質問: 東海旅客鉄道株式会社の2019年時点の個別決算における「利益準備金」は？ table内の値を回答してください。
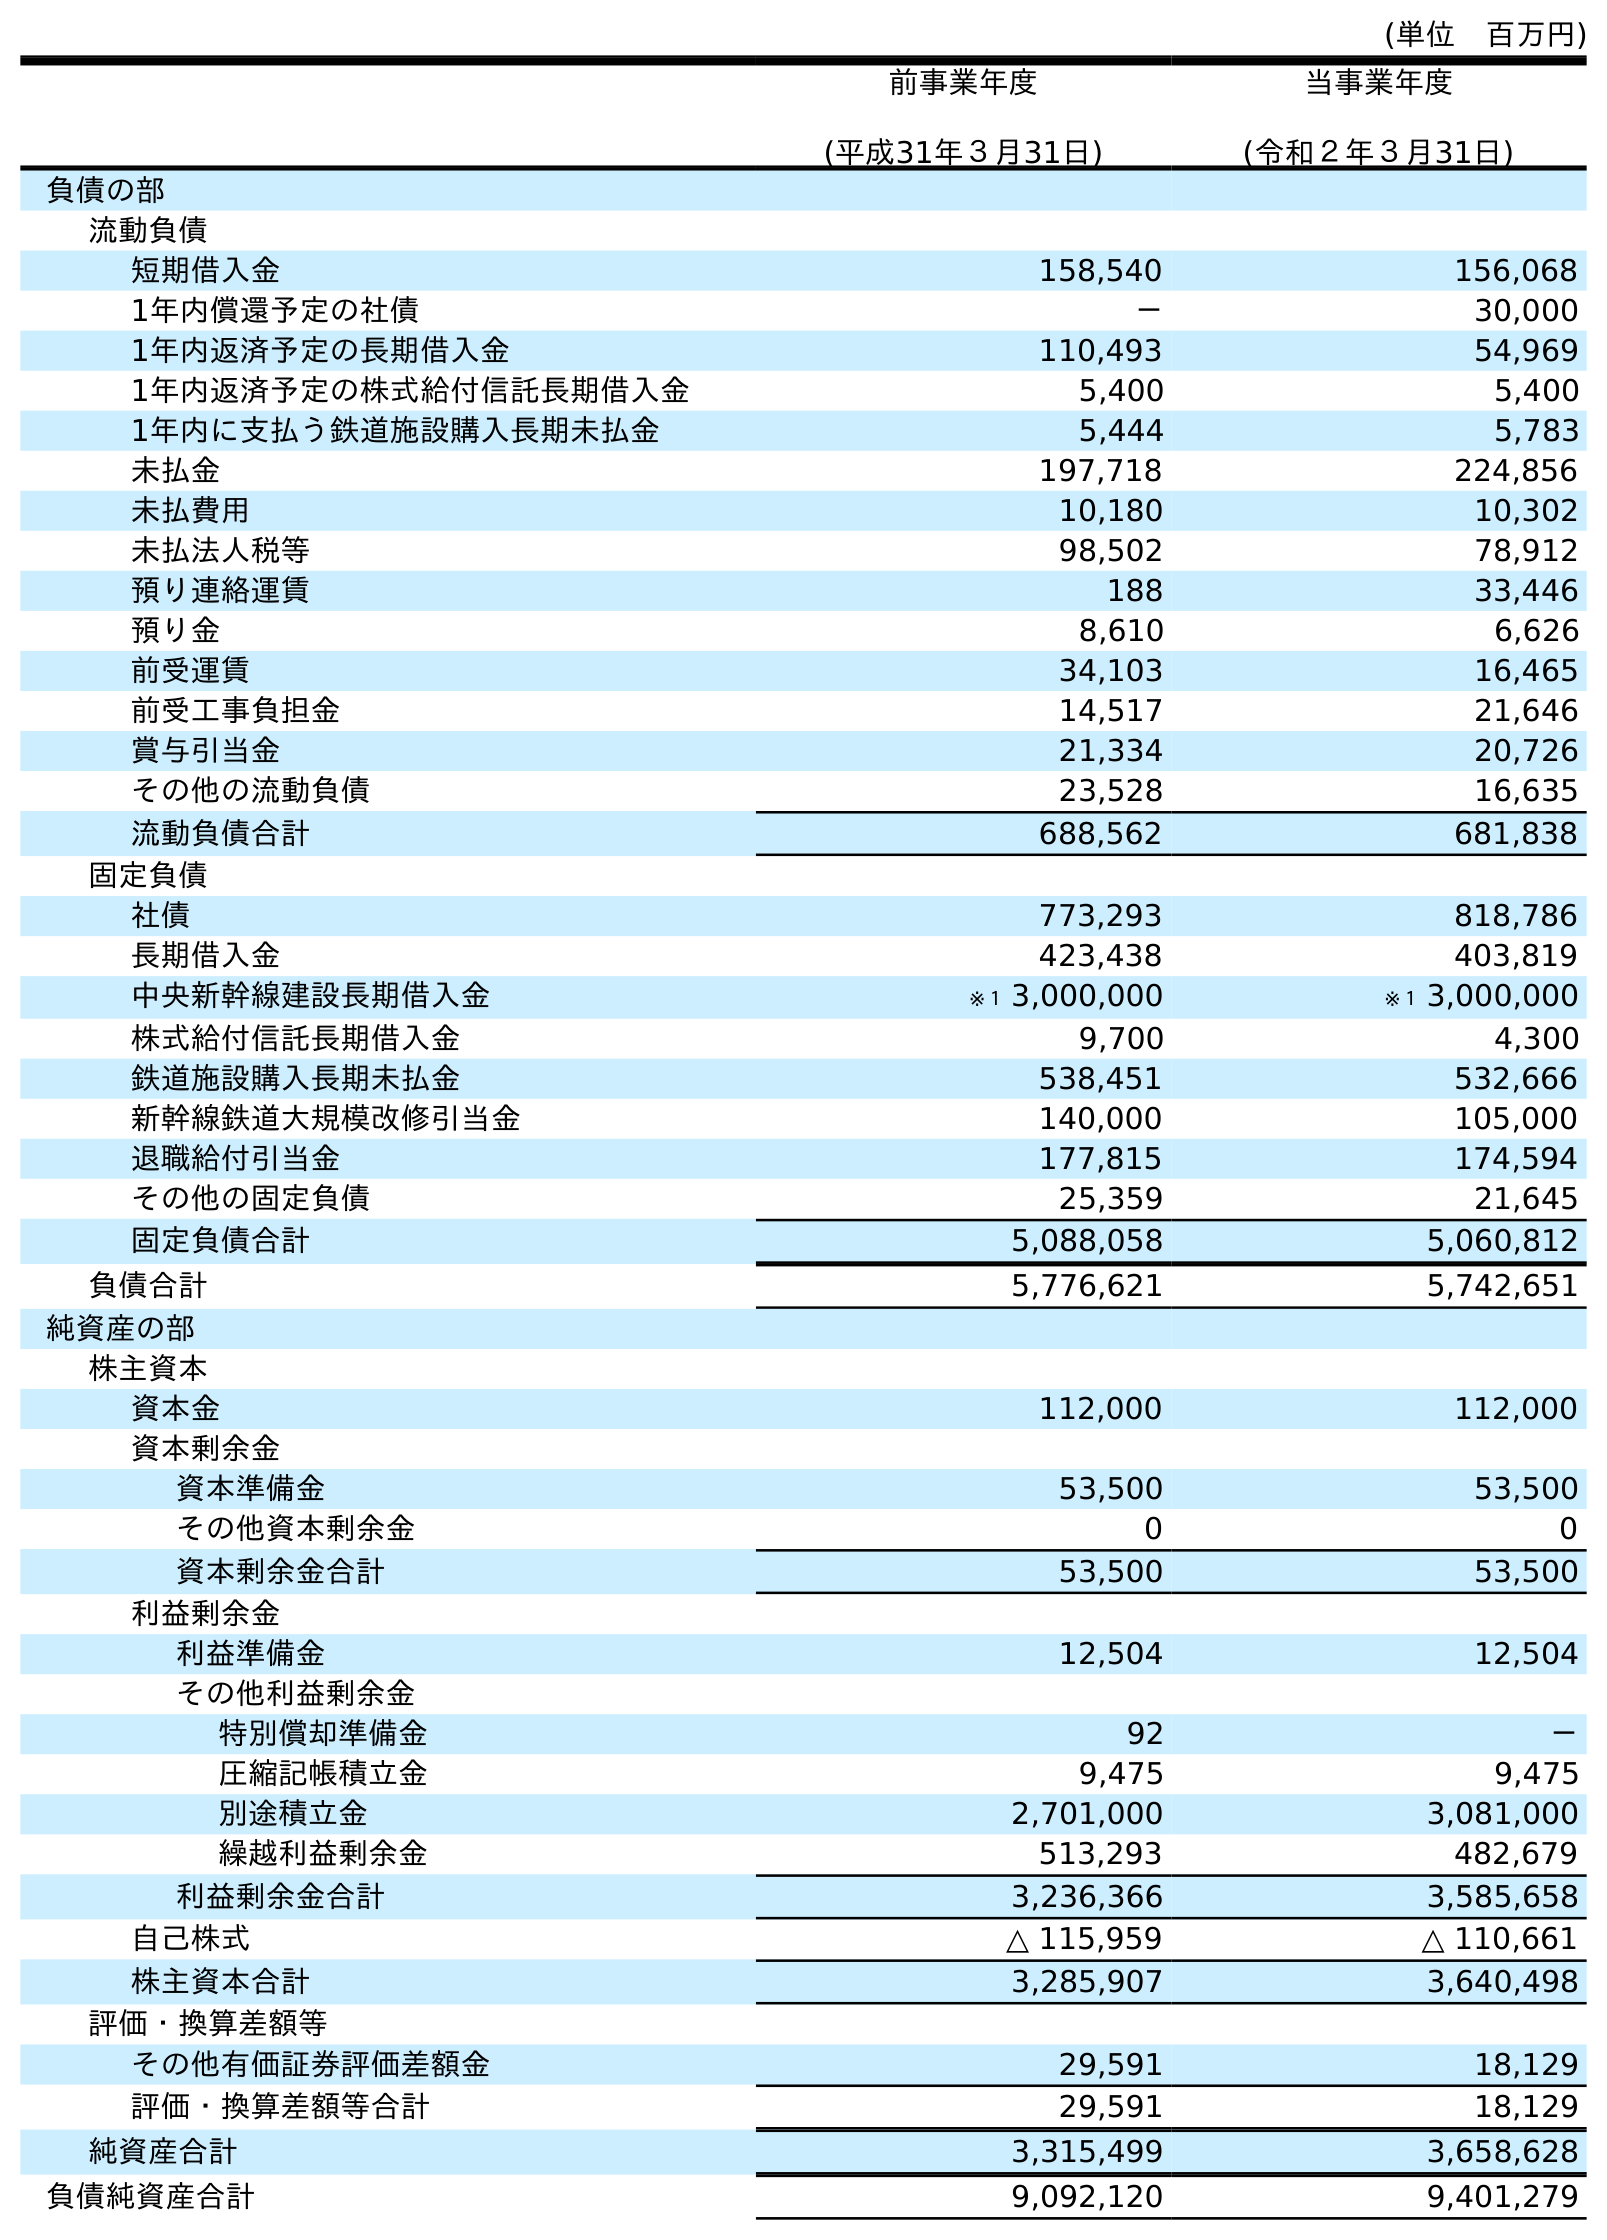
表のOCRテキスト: (単位 百万円) 前事業年度 (平成31年３月31日) 当事業年度 (令和２年３月31日) 負債の部 流動負債 短期借入金 158,540 156,068 1年内償還予定の社債 － 30,000 1年内返済予定の長期借入金 110,493 54,969 1年内返済予定の株式給付信託長期借入金 5,400 5,400 1年内に支払う鉄道施設購入長期未払金 5,444 5,783 未払金 197,718 224,856 未払費用 10,180 10,302 未払法人税等 98,502 78,912 預り連絡運賃 188 33,446 預り金 8,610 6,626 前受運賃 34,103 16,465 前受工事負担金 14,517 21,646 賞与引当金 21,334 20,726 その他の流動負債 23,528 16,635 流動負債合計 688,562 681,838 固定負債 社債 773,293 818,786 長期借入金 423,438 403,819 中央新幹線建設長期借入金 ※１ 3,000,000 ※１ 3,000,000 株式給付信託長期借入金 9,700 4,300 鉄道施設購入長期未払金 538,451 532,666 新幹線鉄道大規模改修引当金 140,000 105,000 退職給付引当金 177,815 174,594 その他の固定負債 25,359 21,645 固定負債合計 5,088,058 5,060,812 負債合計 5,776,621 5,742,651 純資産の部 株主資本 資本金 112,000 112,000 資本剰余金 資本準備金 53,500 53,500 その他資本剰余金 0 0 資本剰余金合計 53,500 53,500 利益剰余金 利益準備金 12,504 12,504 その他利益剰余金 特別償却準備金 92 － 圧縮記帳積立金 9,475 9,475 別途積立金 2,701,000 3,081,000 繰越利益剰余金 513,293 482,679 利益剰余金合計 3,236,366 3,585,658 自己株式 △ 115,959 △ 110,661 株主資本合計 3,285,907 3,640,498 評価・換算差額等 その他有価証券評価差額金 29,591 18,129 評価・換算差額等合計 29,591 18,129 純資産合計 3,315,499 3,658,628 負債純資産合計 9,092,120 9,401,279
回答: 12,504